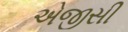
એજીસી